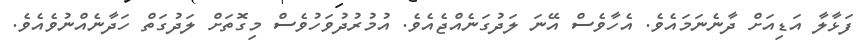
ފަޅާލާ އަޑިއަށް ދާނެނަމައެވެ. އެހާވެސް އޭނަ ލަދުގަނެއްޖެއެވެ. އުމުރުދުވަހުވެސް މިގޮތަށް ލަދުގަތް ހަދާނެއްނުވެއެވެ.